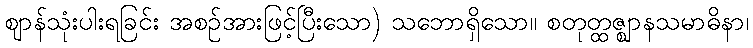
ဈာန်သုံးပါးရခြင်း အစဉ်အားဖြင့်ပြီးသော) သဘောရှိသော။ စတုတ္ထဇ္ဈာနသမာဓိနာ၊